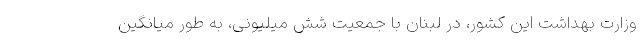
وزارت بهداشت این کشور، در لبنان با جمعیت شش میلیونی، به طور میانگین